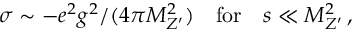
\sigma \sim - e ^ { 2 } g ^ { 2 } / ( 4 \pi M _ { Z ^ { \prime } } ^ { 2 } ) \quad \mathrm { f o r } \quad s \ll M _ { Z ^ { \prime } } ^ { 2 } \, ,